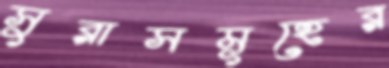
সুরাসমূহের